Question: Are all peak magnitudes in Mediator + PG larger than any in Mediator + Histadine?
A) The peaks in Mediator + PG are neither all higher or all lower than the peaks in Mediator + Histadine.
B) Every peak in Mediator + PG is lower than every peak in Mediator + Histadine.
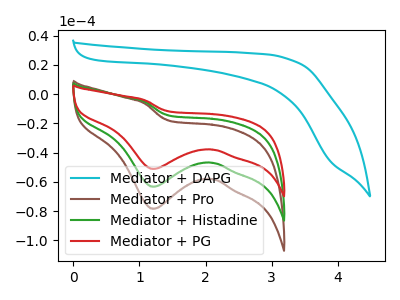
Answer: <think>The cyan curve "Mediator + DAPG" has no peaks. The brown curve "Mediator + Pro" has a cathodic peak at: (1.20V, -126.65uA). The green curve "Mediator + Histadine" has a cathodic peak at: (1.20V, -63.35uA). The red curve "Mediator + PG" has a cathodic peak at: (1.20V, -51.15uA).</think>
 <answer>B) Every peak in "Mediator + PG" is lower than every peak in "Mediator + Histadine".</answer>
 <eval>B</eval>